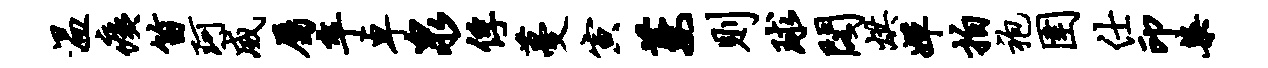
温痍笛珂威属卒卓泉俘蔓寅萋则球阁烘婵拍袍圉仕印染